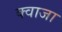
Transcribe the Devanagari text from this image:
क्वाजा